Civil Veterinary Department. Madras. Admin. report 1926-33 - 1926-1933
Year: 1926
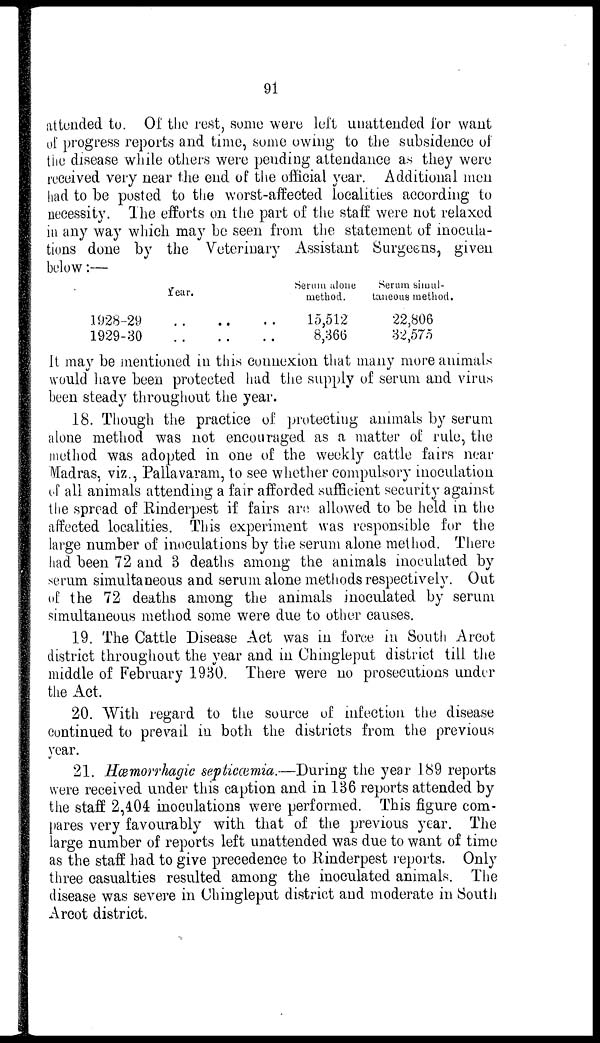
91
attended to. Of the rest, some were left unattended for want
of progress reports and time, some owing to the subsidence of
the disease while others were pending attendance as they were
received very near the end of the official year. Additional men
had to be posted to the worst-affected localities according to
necessity. The efforts on the part of the staff were not relaxed
in any way which may be seen from the statement of inocula-
tions done by the Veterinary Assistant Surgeens, given
below:—
Year.
1928-29
1929-30
... ...
... ...
Serum alone
method.
15,512
..8,366
Serum sinul-
taneous method.
22,806
32,575
it may be mentioned in this connexion that many more animals
would have been protected had the supply of serum and virus
been steady throughout the year.
18. Though the practice of protecting animals by serum
alone method was not encouraged as a matter of rule, the
method was adopted in one of the weekly cattle fairs near
Madras, viz., Pallavaram, to see whether compulsory inoculation
of all. animals attending a fair afforded sufficient security against
the spread of Rinderpest if fairs are allowed to be held in the
affected localities. This experiment was responsible for the
large number of inoculations by the serum alone method. There
had been 72 and 3 deaths among the animals inoculated by
serum simultaneous and serum alone methods respectively. Out
of the 72 deaths among the animals inoculated by serum
simultaneous method some were due to other causes.
19. The Cattle Disease Act was in force in South Arcot
district throughout the year and in Chingleput district till the
middle of February 1930. There were no prosecutions under
the Act.
20. With regard to the source of infection the disease
continued to prevail in both the districts from the previous
year.
21.Hæmorrhagic septicæmia.—During the year 189 reports
were received under this caption and in 136 reports attended by
the staff 2,404 inoculations were performed. This figure com-
pares very favourably with that of the previous year. The
large number of reports left unattended was due to want of time
as the staff had to give precedence to Rinderpest reports. Only
three casualties resulted among the inoculated animals. The
disease was severe in Chingleput district and moderate in South
Arcot district.